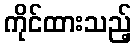
ကိုင်ထားသည့်